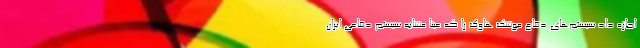
اجازه داد سیستم‌های دفاع موشک هاوک را که عیناً مشابه سیستم دفاعی ایران